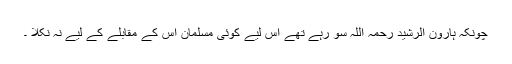
چونکہ ہارون الرشید رحمہ اللہ سو رہے تھے اس لیے کوئی مسلمان اس کے مقابلے کے لیے نہ نکلا ۔